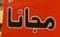
مجانا